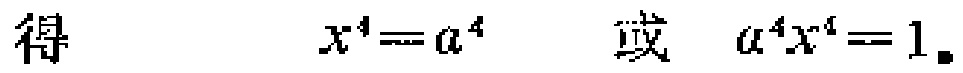
得 \(\quad x^{4}=a^{4}\quad\) 或 \(\quad a^{4}x^{4}=1\)。